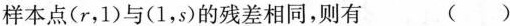
样本点(r，1)与(1，s)的残差相同，则有 ( )